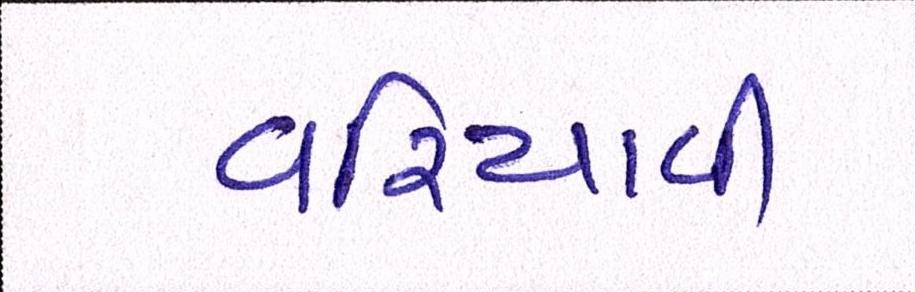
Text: વરિયાવી